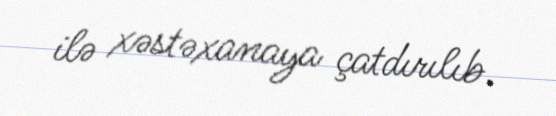
ilə xəstəxanaya çatdırılıb.